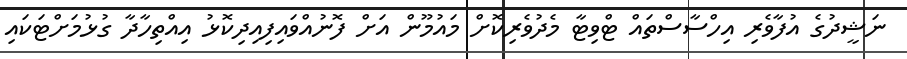
ނަޝީދުގެ އުފާވެރި އިހްސާސްތައް ޓްވިޓާ މެދުވެރިކޮށް މައުމޫން އަށް ފޮނުއްވައިފިއިދިކޮޅު އިއްތިހާދާ ގުޅުމަށްޓަކައި